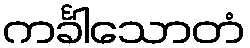
ကင်္ခါသောတံ